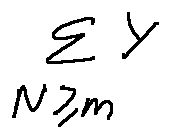
\sum \limits _ { N \geq m } Y